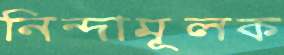
নিন্দামূলক